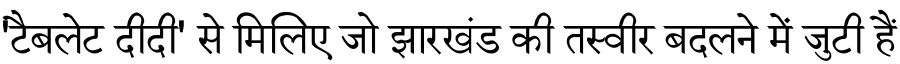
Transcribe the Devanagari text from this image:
'टैबलेट दीदी' से मिलिए जो झारखंड की तस्वीर बदलने में जुटी हैं